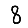
Digit: 8